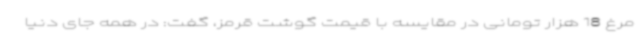
مرغ 18 هزار تومانی در مقایسه با قیمت گوشت قرمز، گفت: در همه جای دنیا